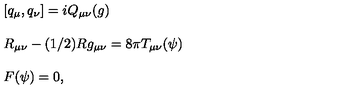
\left. \begin{array} { l } { \left[ q _ { \mu } , q _ { \nu } \right] = i Q _ { \mu \nu } ( g ) } \\ { { } } \\ { R _ { \mu \nu } - ( 1 / 2 ) R g _ { \mu \nu } = 8 \pi T _ { \mu \nu } ( \psi ) } \\ { { } } \\ { F ( \psi ) = 0 , } \\ \end{array} \right.